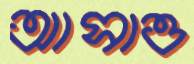
আসাও